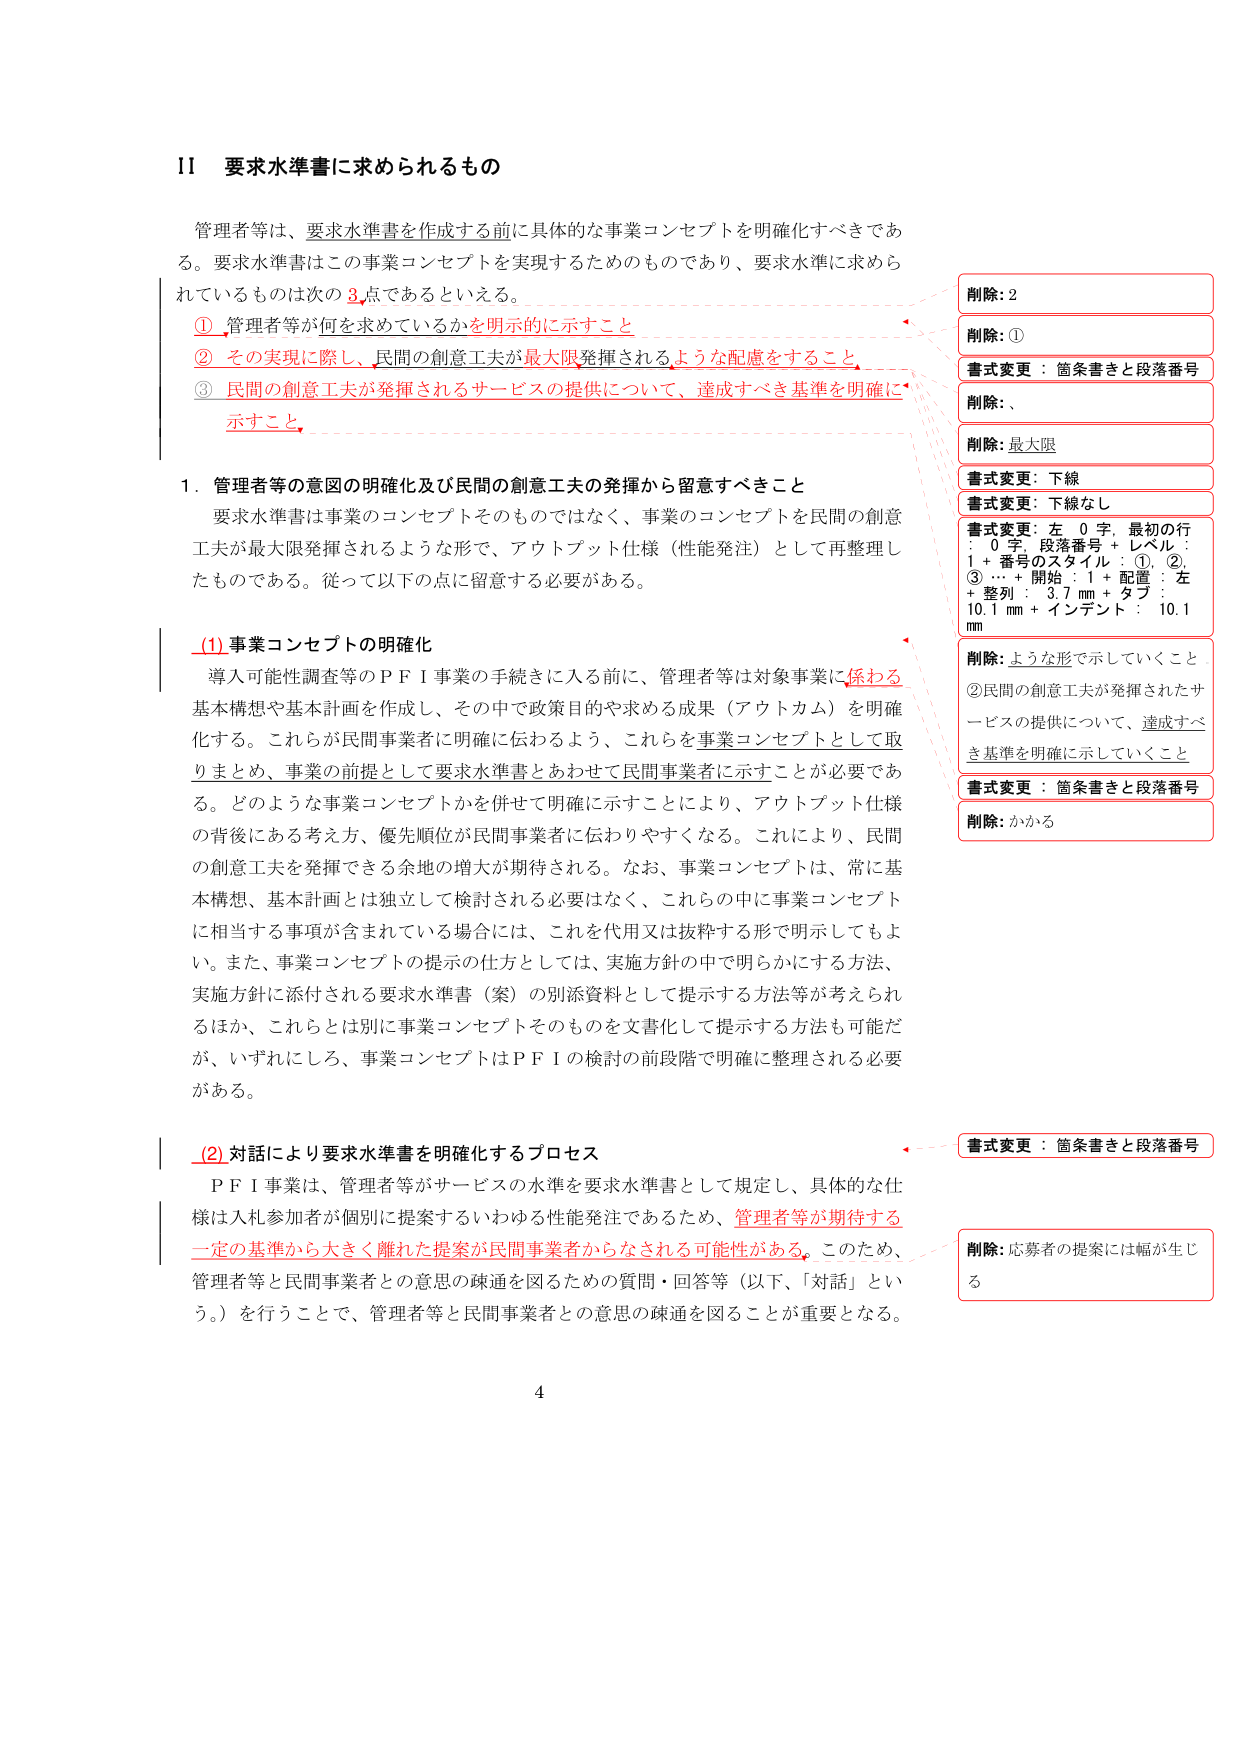
II 要求水準書に求められるもの

管理者等は、要求水準書を作成する前に具体的な事業コンセプトを明確化すべきである。要求水準書はこの事業コンセプトを実現するためのものであり、要求水準に求められているものは次の3点であるといえる。

① 管理者等が何を求めているかを明示的に示すこと
② その実現に際し、民間の創意工夫が最大限発揮されるような配慮をすること
③ 民間の創意工夫が発揮されるサービスの提供について、達成すべき基準を明確に示すこと

1. 管理者等の意図の明確化及び民間の創意工夫の発揮から留意すべきこと

要求水準書は事業のコンセプトそのものではなく、事業のコンセプトを民間の創意工夫が最大限発揮されるような形で、アウトプット仕様（性能発注）として再整理したものである。従って以下の点に留意する必要がある。

(1) 事業コンセプトの明確化

導入可能性調査等のＰＦＩ事業の手続きに入る前に、管理者等は対象事業に係わる基本構想や基本計画を作成し、その中で政策目的や求める成果（アウトカム）を明確化する。これらが民間事業者に明確に伝わるよう、これらを事業コンセプトとして取りまとめ、事業の前提として要求水準書とあわせて民間事業者に示すことが必要である。どのような事業コンセプトかを併せて明確に示すことにより、アウトプット仕様の背後にある考え方、優先順位が民間事業者に伝わりやすくなる。これにより、民間の創意工夫を発揮できる余地の増大が期待される。なお、事業コンセプトは、常に基本構想、基本計画とは独立して検討される必要はなく、これらの中に事業コンセプトに相当する事項が含まれている場合には、これを代用又は抜粋する形で明示してもよい。また、事業コンセプトの提示の仕方としては、実施方針の中で明らかにする方法、実施方針に添付される要求水準書（案）の別添資料として提示する方法等が考えられるほか、これらとは別に事業コンセプトそのものを文書化して提示する方法も可能だが、いずれにしろ、事業コンセプトはＰＦＩの検討の前段階で明確に整理される必要がある。

(2) 対話により要求水準書を明確化するプロセス

ＰＦＩ事業は、管理者等がサービスの水準を要求水準書として規定し、具体的な仕様は入札参加者が個別に提案するいわゆる性能発注であるため、管理者等が期待する一定の基準から大きく離れた提案が民間事業者からなされる可能性がある。このため、管理者等と民間事業者との意思の疎通を図るための質問・回答等（以下、「対話」という。）を行うことで、管理者等と民間事業者との意思の疎通を図ることが重要となる。

削除: 2
削除: ①
書式変更：箇条書きと段落番号
削除: 、
削除: 最大限
書式変更：下線
書式変更：下線なし
書式変更：左 0 字、最初の行：0 字、段落番号 + レベル：1 + 番号のスタイル：①、②、③ … + 開始：1 + 配置：左 + 整列：3.7 mm + タブ：10.1 mm + インデント：10.1 mm
削除: ような形で示していくこと
②民間の創意工夫が発揮されたサービスの提供について、達成すべき基準を明確に示していくこと
書式変更：箇条書きと段落番号
削除: かかる
書式変更：箇条書きと段落番号
削除: 応募者の提案には幅が生じる

4